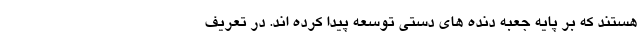
هستند که بر پایه جعبه دنده های دستی توسعه پیدا کرده اند. در تعریف